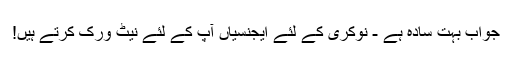
جواب بہت سادہ ہے - نوکری کے لئے ایجنسیاں آپ کے لئے نیٹ ورک کرتے ہیں!